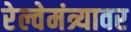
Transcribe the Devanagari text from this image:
रेल्वेमंत्र्यावर